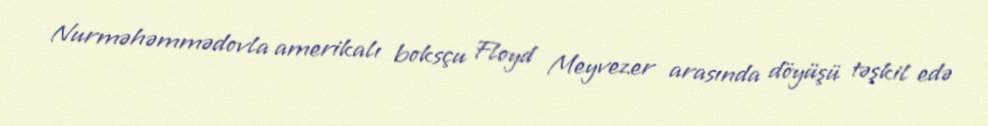
Nurməhəmmədovla amerikalı boksçu Floyd Meyvezer arasında döyüşü təşkil edə